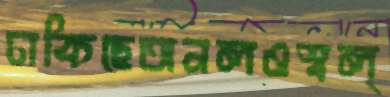
ঢাকিছেঅনলওস্বল্